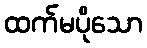
ထက်မပိုသော